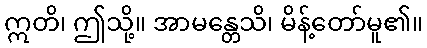
ဣတိ၊ ဤသို့။ အာမန္တေသိ၊ မိန့်တော်မူ၏။